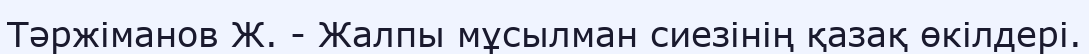
Тәржіманов Ж. - Жалпы мұсылман сиезінің қазақ өкілдері.